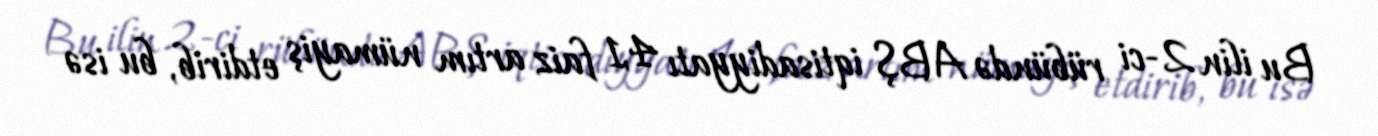
Bu ilin 2-ci rübündə ABŞ iqtisadiyyatı 4,1 faiz artım nümayiş etdirib, bu isə